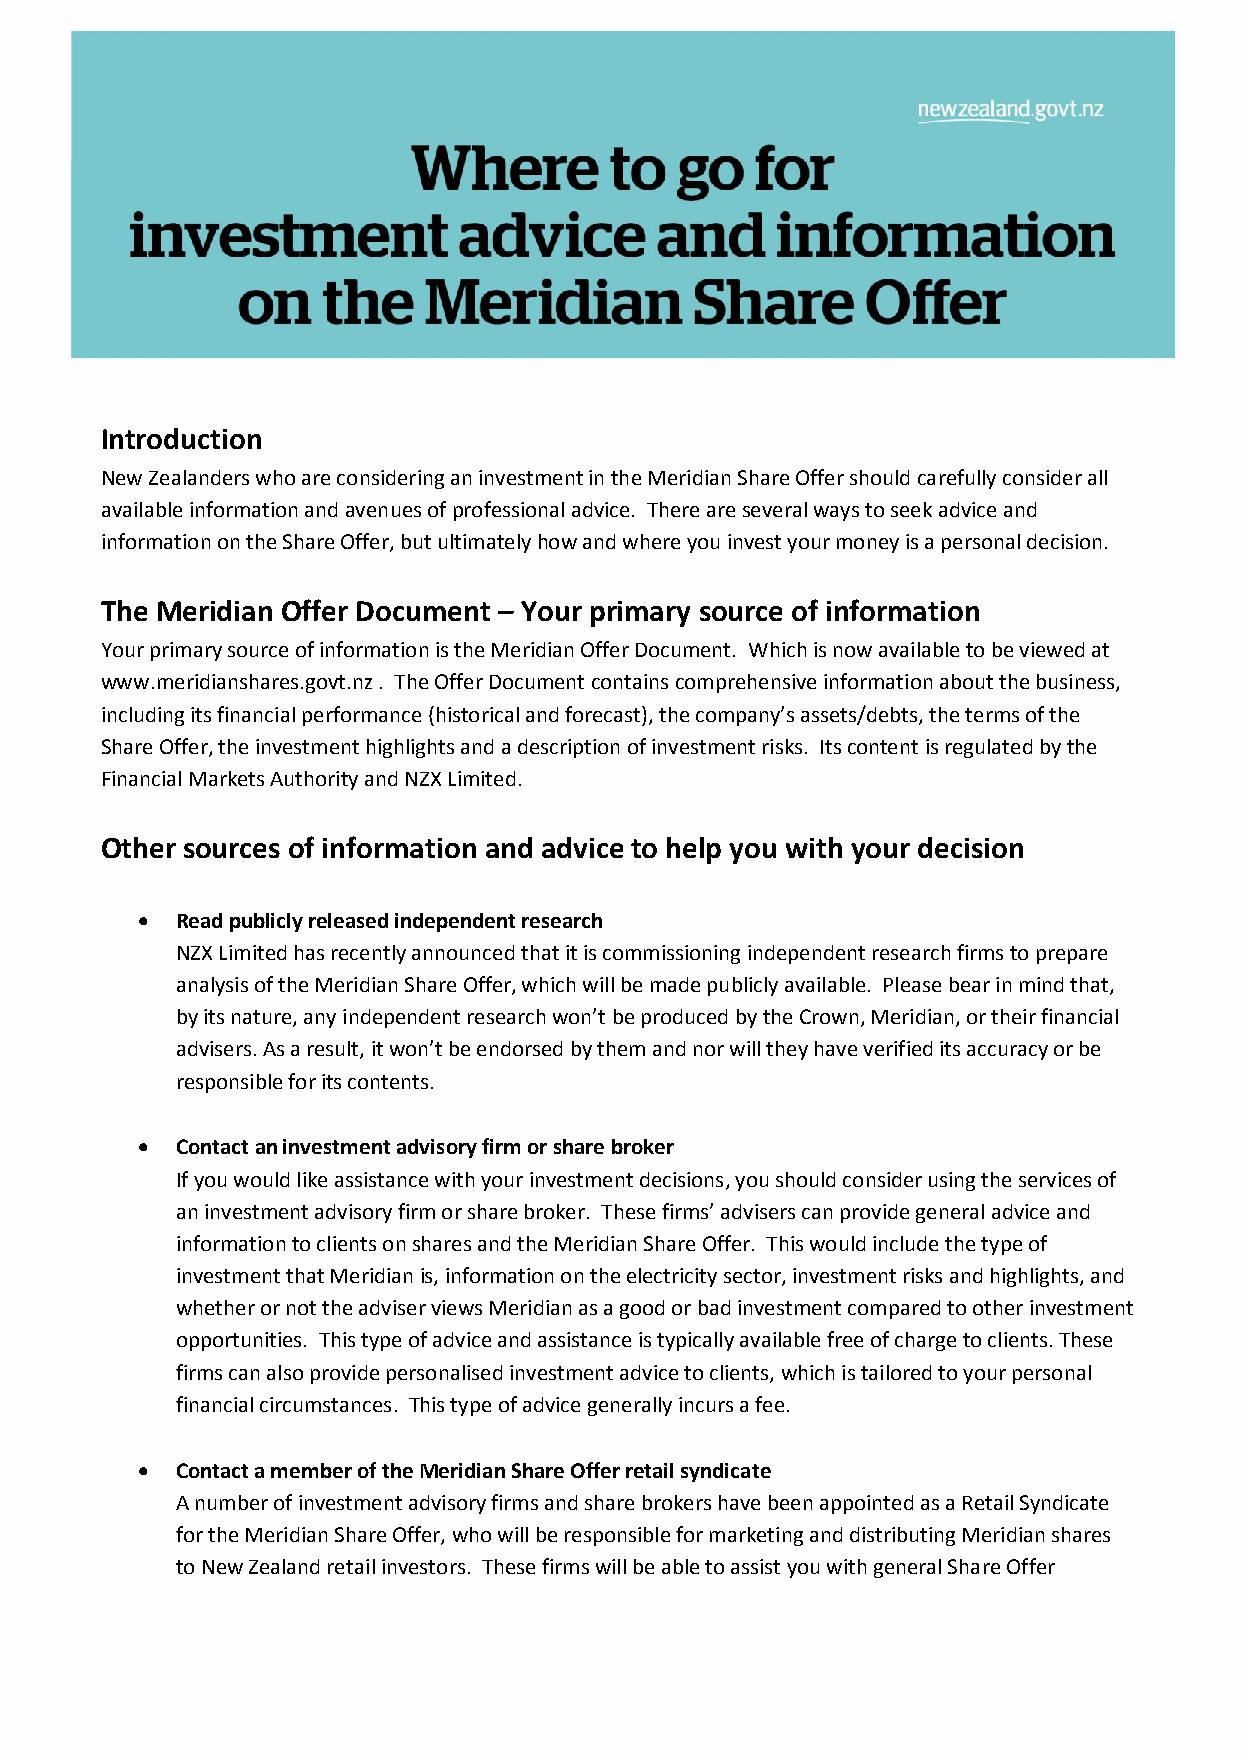
Introduction
 New Zealanders who are considering an investment in the Meridian Share Offer should carefully consider all
 available information and avenues of professional advice. There are several ways to seek advice and
 information on the Share Offer, but ultimately how and where you invest your money is a personal decision.
 The Meridian Offer Document – Your primary source of information
 Your primary source of information is the Meridian Offer Document. Which is now available to be viewed at
 www.meridianshares.govt.nz . The Offer Document contains comprehensive information about the business,
 including its financial performance (historical and forecast), the company’s assets/debts, the terms of the
 Share Offer, the investment highlights and a description of investment risks. Its content is regulated by the
 Financial Markets Authority and NZX Limited.
 Other sources of information and advice to help you with your decision
   Read publicly released independent research
 NZX Limited has recently announced that it is commissioning independent research firms to prepare
 analysis of the Meridian Share Offer, which will be made publicly available. Please bear in mind that,
 by its nature, any independent research won’t be produced by the Crown, Meridian, or their financial
 advisers. As a result, it won’t be endorsed by them and nor will they have verified its accuracy or be
 responsible for its contents.
   Contact an investment advisory firm or share broker
 If you would like assistance with your investment decisions, you should consider using the services of
 an investment advisory firm or share broker. These firms’ advisers can provide general advice and
 information to clients on shares and the Meridian Share Offer. This would include the type of
 investment that Meridian is, information on the electricity sector, investment risks and highlights, and
 whether or not the adviser views Meridian as a good or bad investment compared to other investment
 opportunities. This type of advice and assistance is typically available free of charge to clients. These
 firms can also provide personalised investment advice to clients, which is tailored to your personal
 financial circumstances. This type of advice generally incurs a fee.
   Contact a member of the Meridian Share Offer retail syndicate
 A number of investment advisory firms and share brokers have been appointed as a Retail Syndicate
 for the Meridian Share Offer, who will be responsible for marketing and distributing Meridian shares
 to New Zealand retail investors. These firms will be able to assist you with general Share Offer